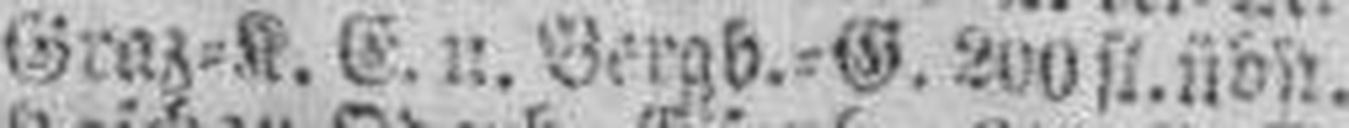
Graz=K. E. u. Bergb.=G. 200 fl. übb.